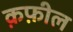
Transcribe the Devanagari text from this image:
क़फ़ील